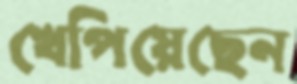
খেপিয়েছেন